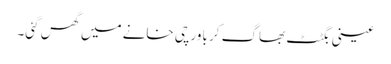
عینی بگٹٹ بھاگ کر باورچی خانے میں گھس گئی۔